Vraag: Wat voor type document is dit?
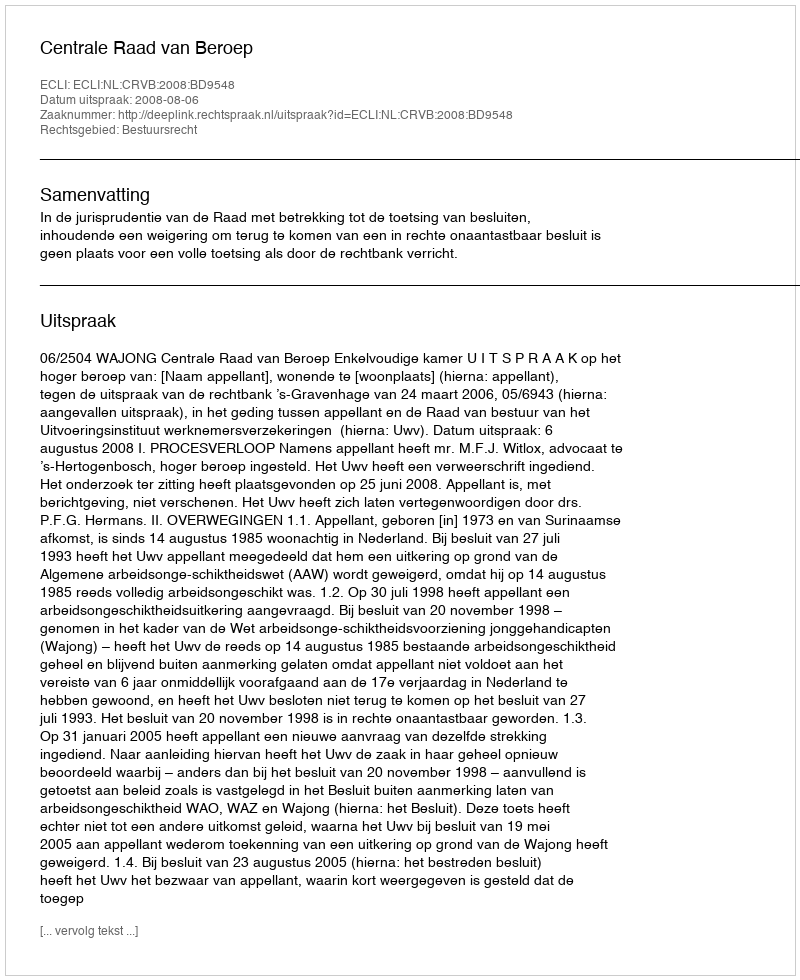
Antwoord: Uitspraak